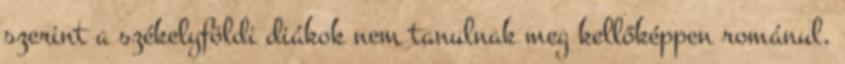
szerint a székelyföldi diákok nem tanulnak meg kellőképpen románul.